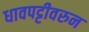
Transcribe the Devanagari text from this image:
धावपट्टीवरुन